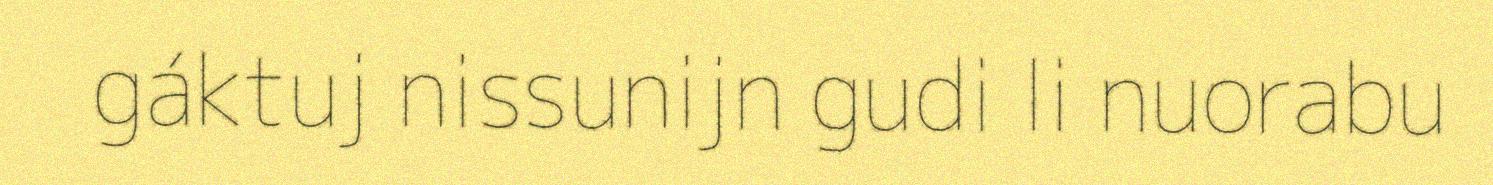
gáktuj nissunijn gudi li nuorabu